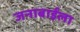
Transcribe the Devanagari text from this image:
जनाबाईंला